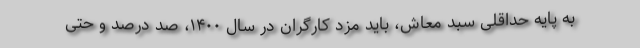
به پایه حداقلی سبد معاش، باید مزد کارگران در سال ۱۴۰۰، صد درصد و حتی